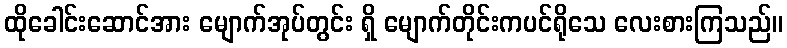
ထိုခေါင်းဆောင်အား မျောက်အုပ်တွင်း ရှိ မျောက်တိုင်းကပင်ရိုသေ လေးစားကြသည်။